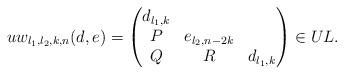
LaTeX: \begin{align*}u w_{l_1,l_2,k,n}(d,e) = \begin{pmatrix}d_{l_1,k} \\P & e_{l_2,n-2k} \\Q & R & d_{l_1,k}\end{pmatrix} \in UL.\end{align*}